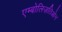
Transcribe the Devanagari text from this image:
एम्बोलिज़तिओन